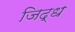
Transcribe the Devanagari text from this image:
जिद्ध